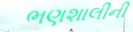
ભણશાલીની